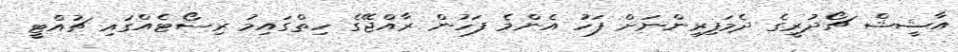
އާޝީޝް ޗޯދުރީގެ ދެމަފިރިންނަށް ފަހު އެންމެ ފަހުން ރާއްޖޭގެ ހިތްގައިމު ރިސޯޓެއްގައި ޗުއްޓީ